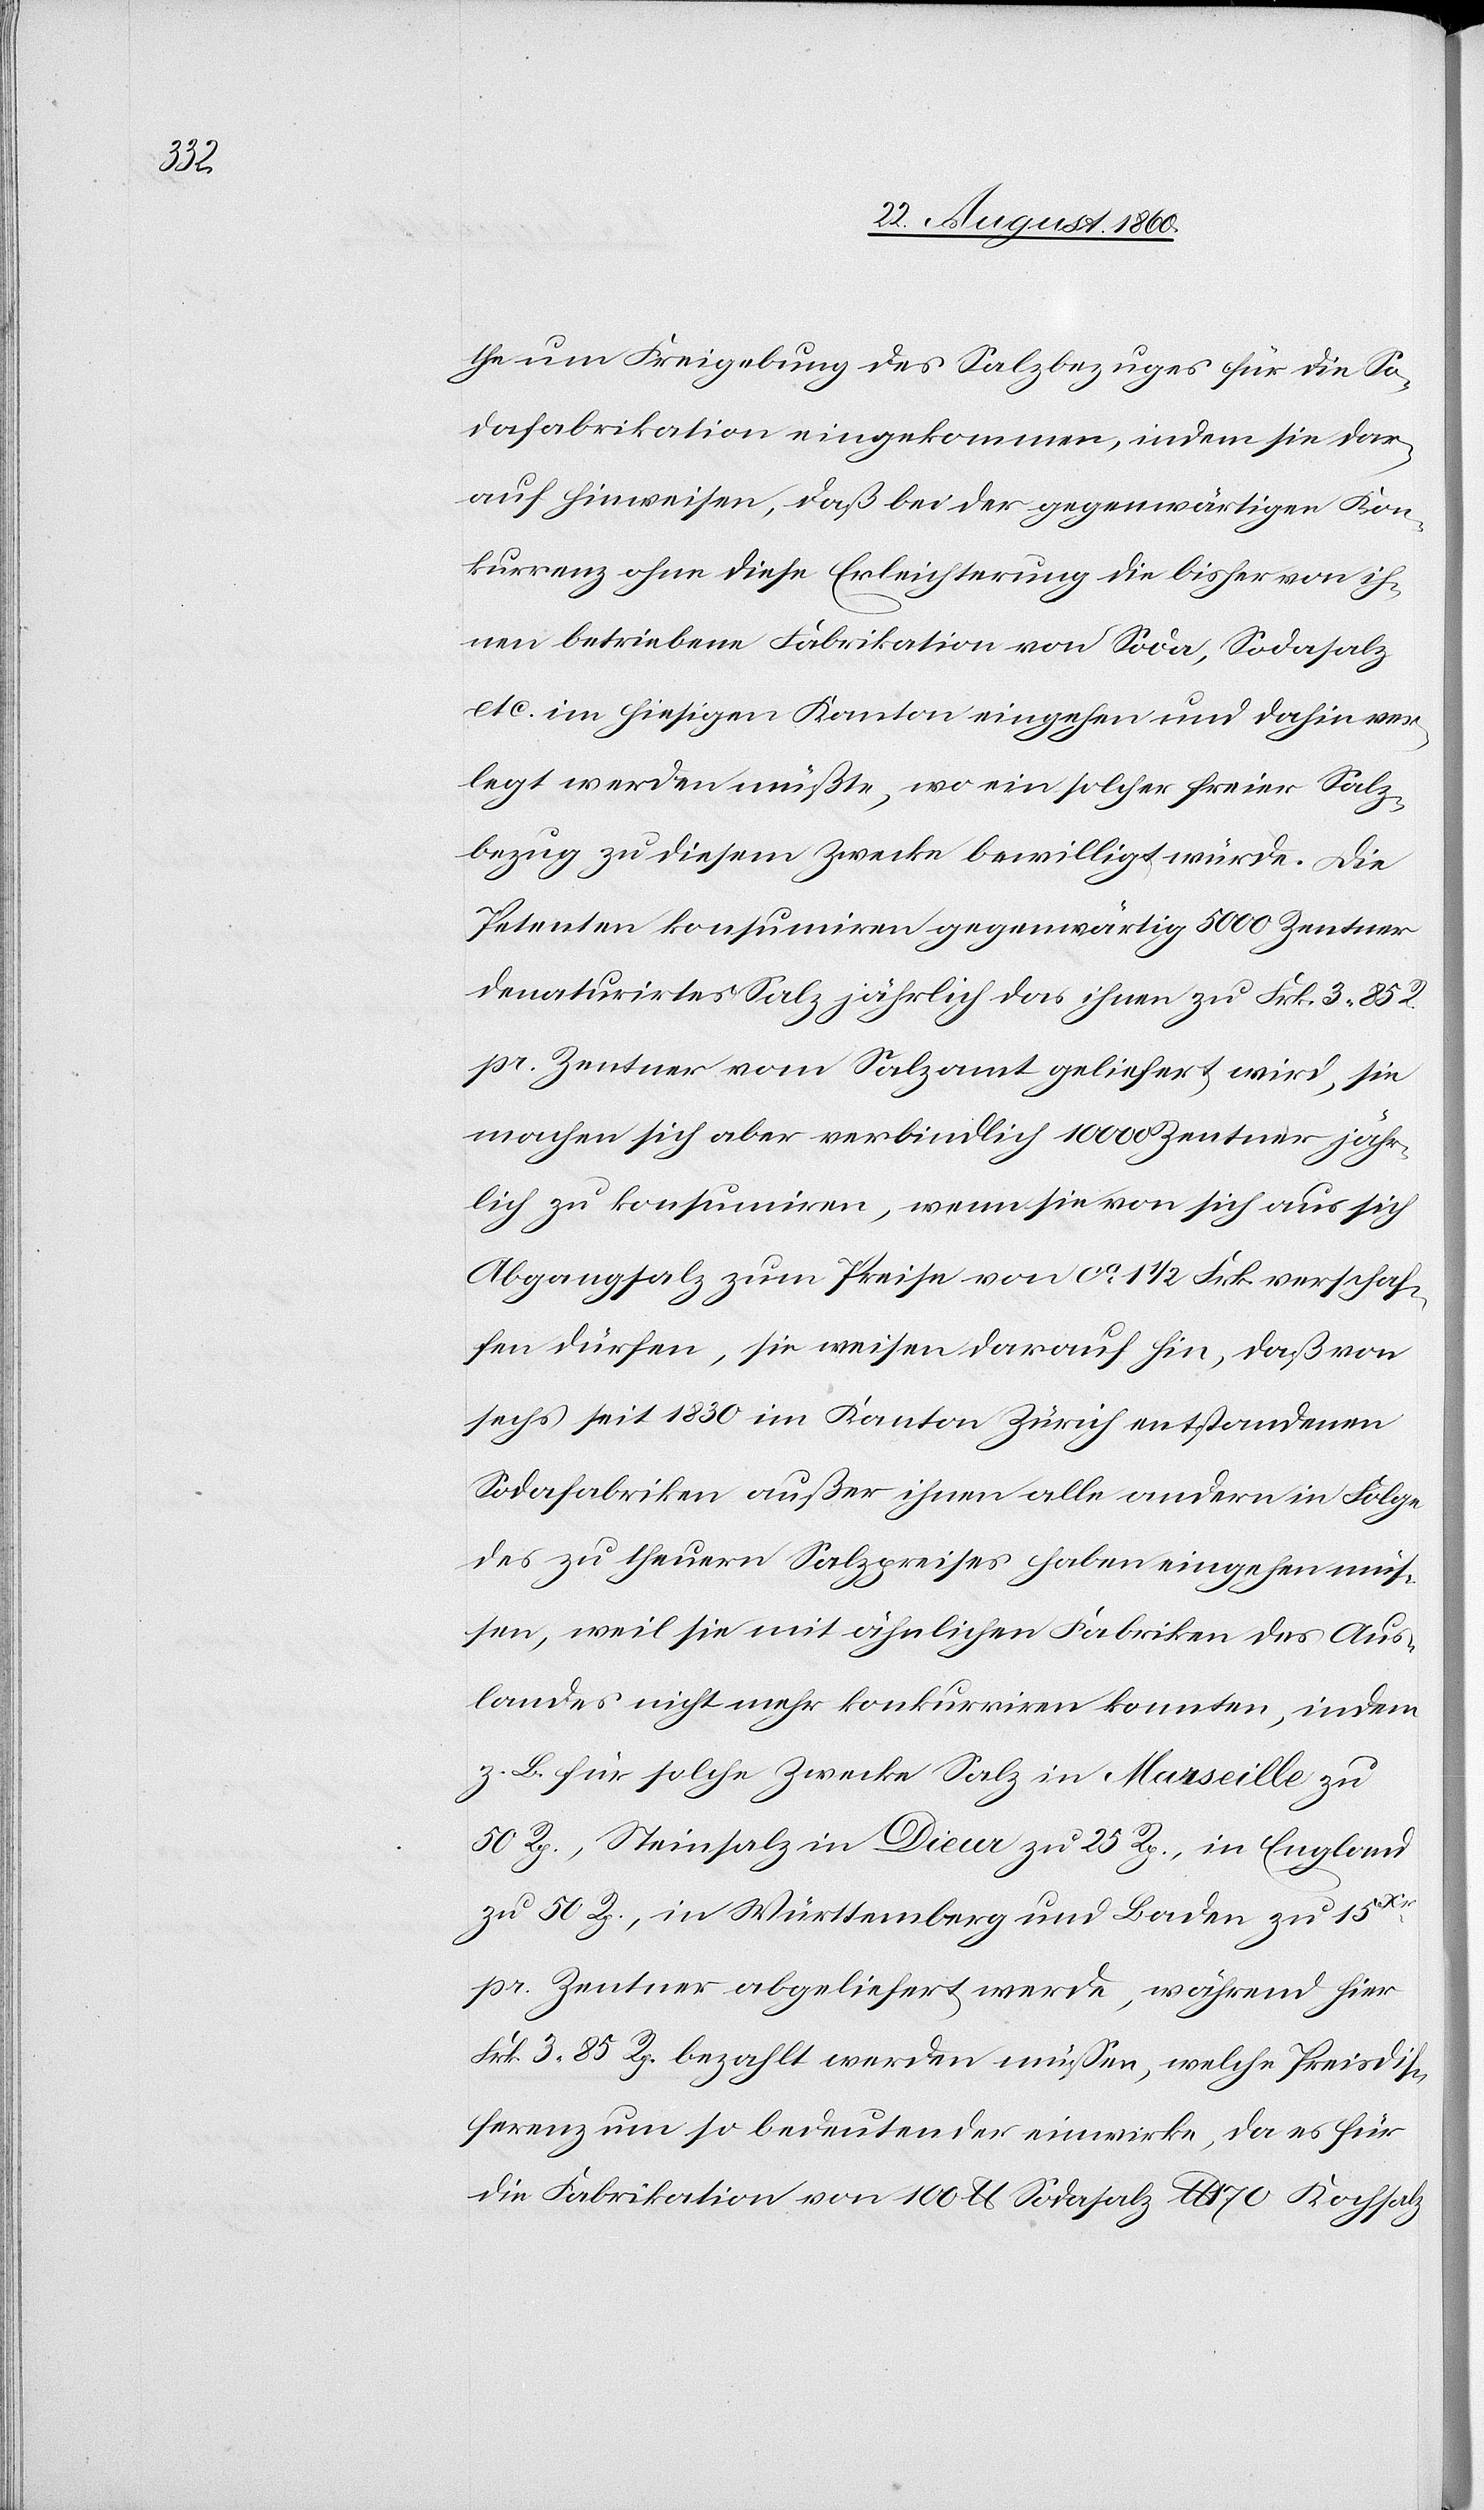
ra¬

the um Freigebung der Salzbezuges für die So¬
dafabrikation eingekommen, indem sie dar¬
auf hinweisen, dass bei der gegenwärtigen Kon¬
kurrenz ohne diese Erleichterung die bisher von ih¬
nen betriebene Fabrikation von Soda, Sodasalz
etc. im hiesigen Kanton eingehen und dahin ver¬
legt werden müsste, wo ein solcher freier Salz¬
bezug zu diesem Zwecke bewilligt würde. Die
Petenten konsumiren gegenwärtig 5000 Centner
denaturirtes Salz jährlich das ihnen zu fcs. 3. 85C
pr. Centner vom Salzamt geliefert wird, sie
machen sich aber verbindlich, 10 000 Centner jähr¬
lich zu konsumiren, wenn sie von sich aus sich
Abgangsalz zum Preise von ca 1 1/2 fcs. verschaf¬
fen dürfen, sie weisen darauf hin, dass von
sechs seit 1830 im Kanton Zürich entstandenen
Sodafabriken ausser ihnen alle andern in Folge
des zu theuern Salzpreises haben eingehen müs¬
sen, weil sie mit ähnlichen Fabriken des Aus¬
landes nicht mehr konkurriren konnten, indem
z. B. für solche Zwecke Salz in Marseille zu
50 Rp, Steinsalz in Dieur zu 25 Rp., in England
zu 50 Rp. in Württemberg und Baden zu 15t
pr. Centner abgeliefert werde, während hier
fcs. 3. 85C bezahlt werden müssen, welche Preis-Dif¬
ferenz um so bedeutender einwirke, da es für
die Fabrikation von 100 Lb. Sodasalz Lb. 170 Koch-